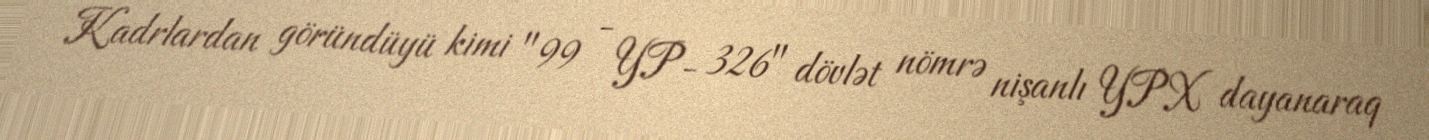
Kadrlardan göründüyü kimi "99 - YP- 326" dövlət nömrə nişanlı YPX dayanaraq